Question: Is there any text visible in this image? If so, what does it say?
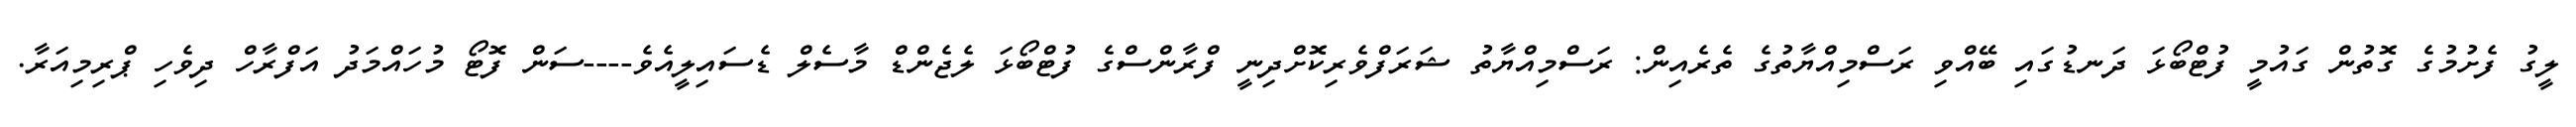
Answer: ލީގު ފެށުމުގެ ގޮތުން ގައުމީ ފުޓްބޯޅަ ދަނޑުގައި ބޭއްވި ރަސްމިއްޔާތުގެ ތެރެއިން: ރަސްމިއްޔާތު ޝަރަފްވެރިކޮށްދިނީ ފްރާންސްގެ ފުޓްބޯޅަ ލެޖެންޑް މާސެލް ޑެސައިލީއެވެ----ސަން ފޮޓޯ މުހައްމަދު އަފްރާހް ދިވެހި ޕްރިމިއަރާ.